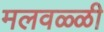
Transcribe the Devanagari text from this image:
मलवळ्ळी